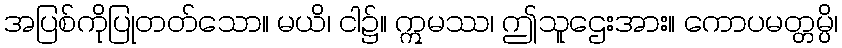
အပြစ်ကိုပြုတတ်သော။ မယိ၊ ငါ၌။ ဣမဿ၊ ဤသူဌေးအား။ ကောပမတ္တမ္ပိ၊